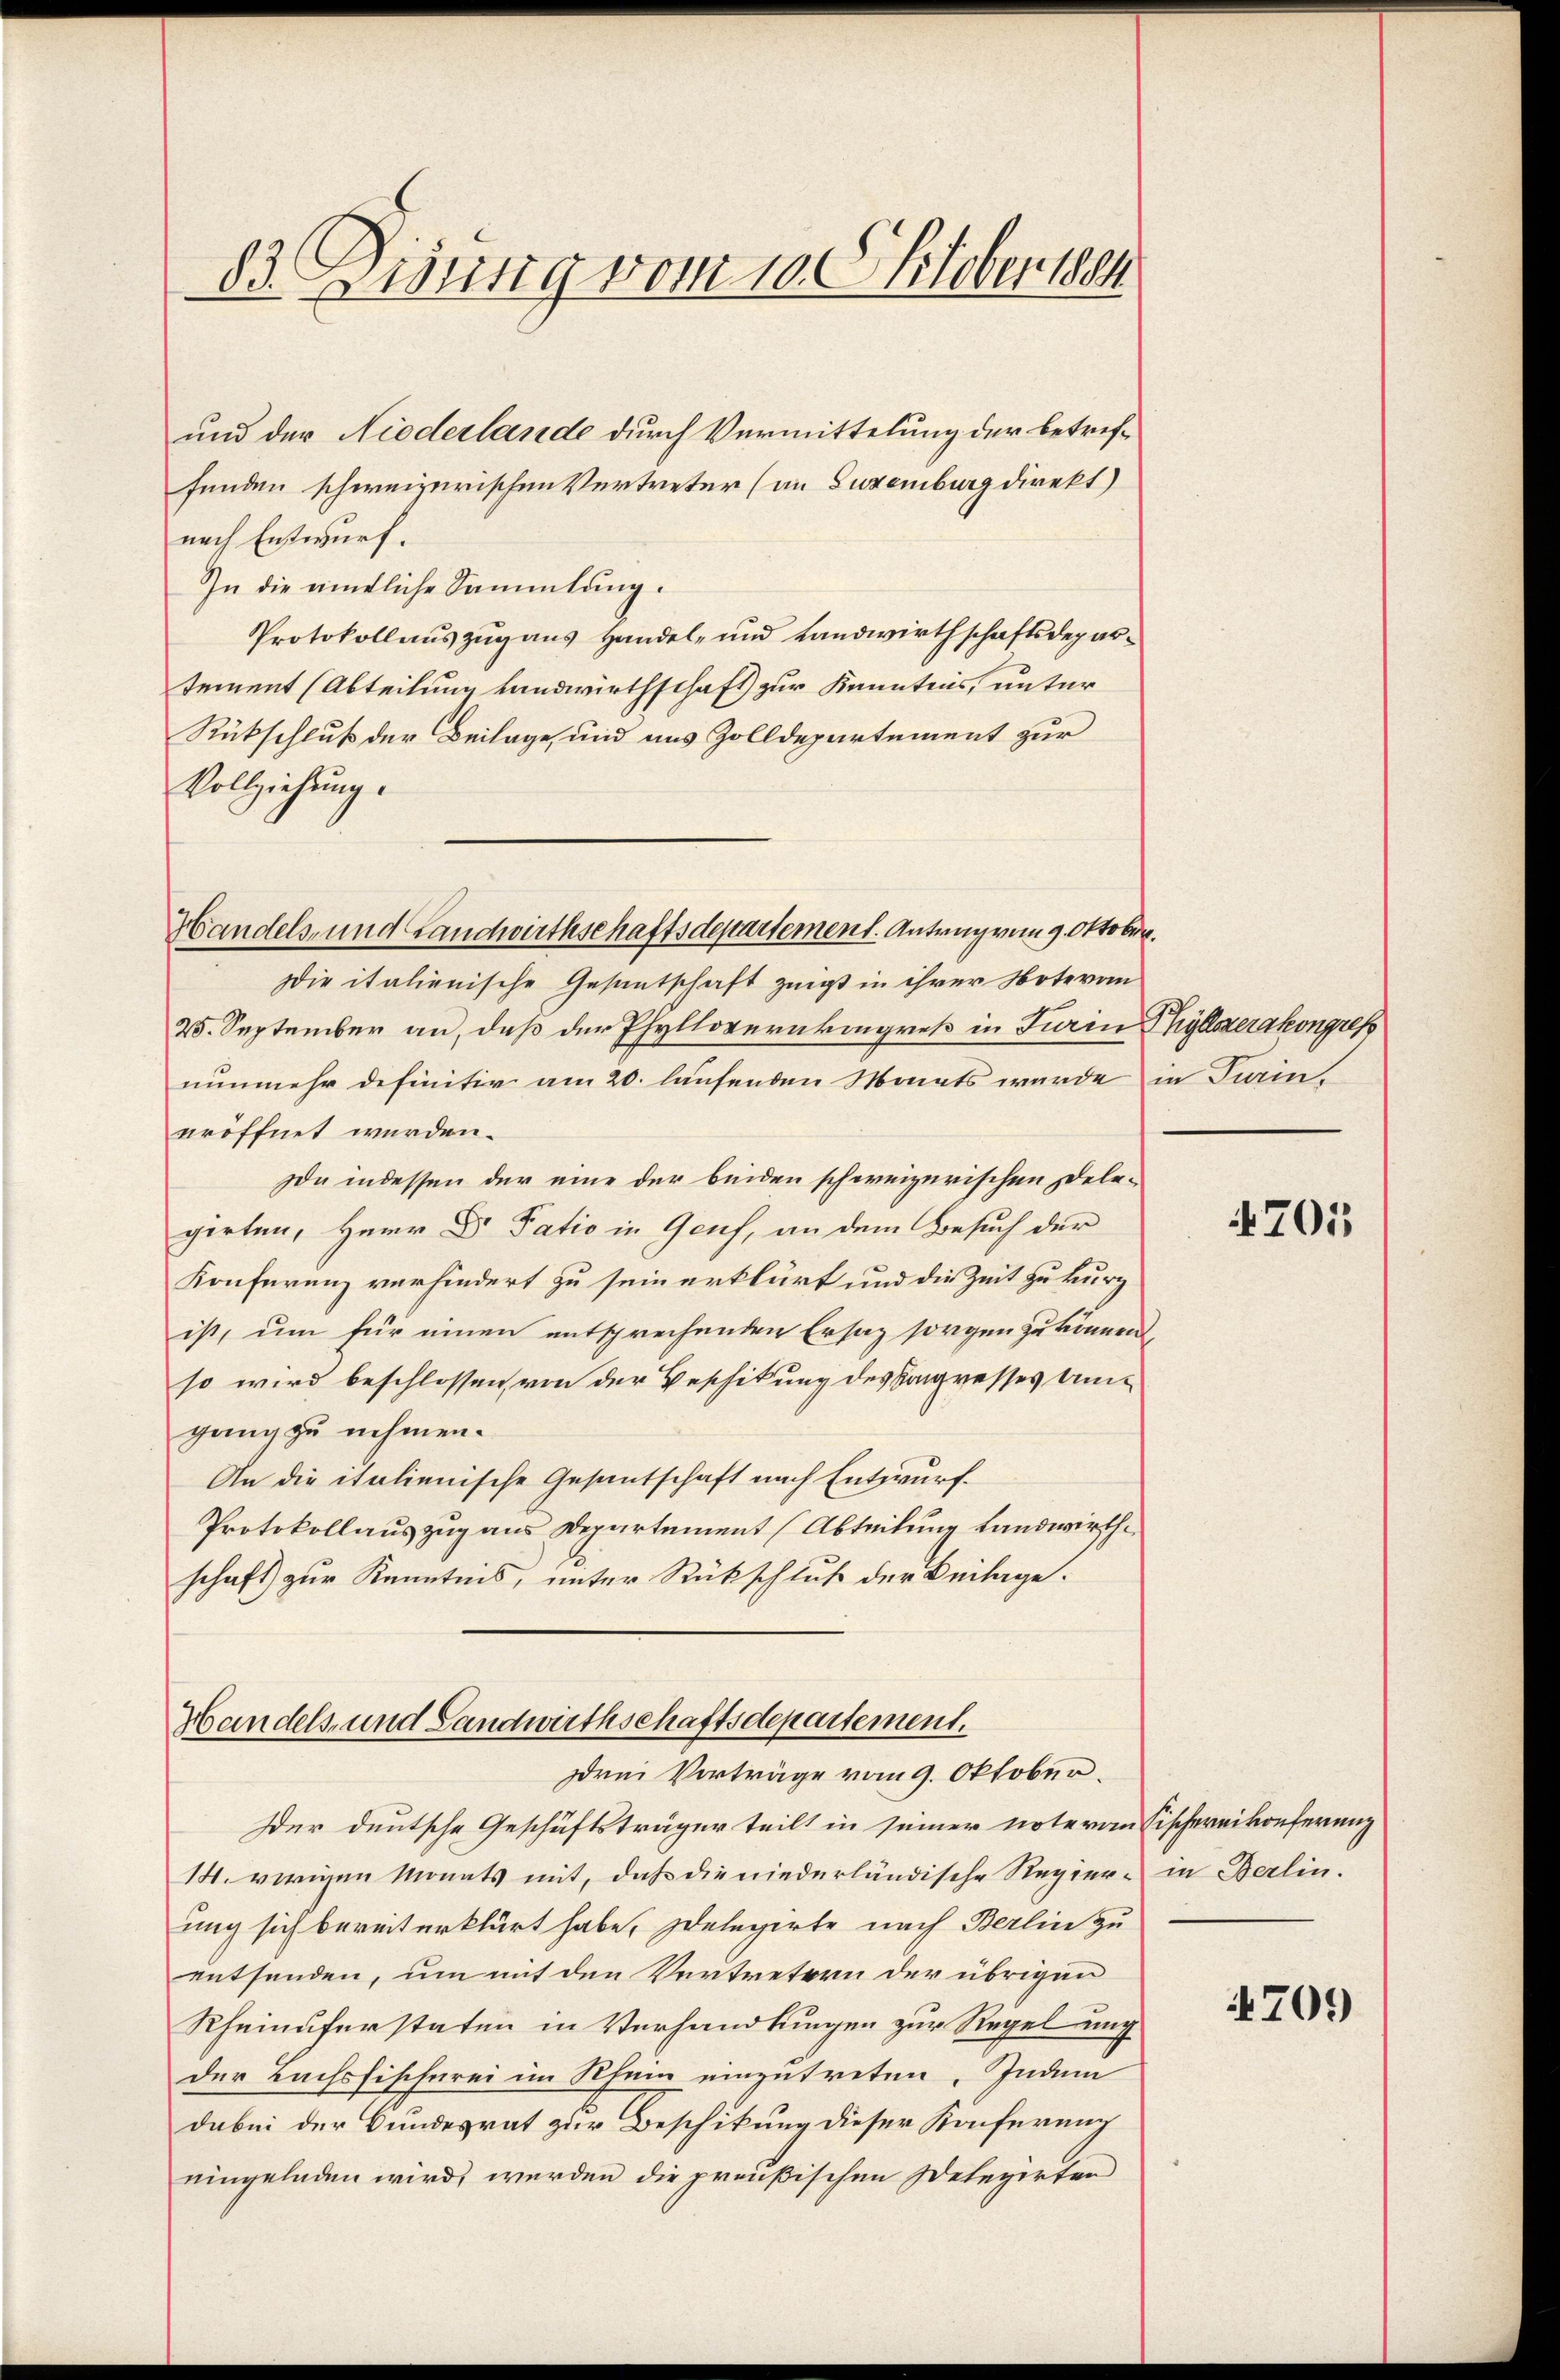
83. ung vom 10. Stobersch

und der Niederlande durch Vermittelung der betreffunden schweizerischen Vertreter (an Luxenburg direkt)
nach Entwurf.
In die amtliche Sammlung.
Protokollauszug aus Handel- und Landwirthschaftsdepartement (Abteilung Landwirthschaft zur Kenntnis, unter
Rückschluß der Beilage, und aus Zolldepartement zur
Vollziehung.
Handels- und Landwirthschaftsdepartement. Antrag vom 9. Oktober.
Die italienische Gesantschaft zeigt in ihrer Notevan
25. September an, daß der Phyllovernkongress in Turin hyllszerakongress
nunmehr definitiv am 20. laufenden Monats wurde
eröffnet werden.
da indessen der eine der beiden schweizerischen Dele-
girten, Herr Dr Patio in Genf, an dem Besuch der
Konferenz verhindert zu sein erklärt und die Zeit zu kurz
ist, um für einen entsprechenden Ersatz sorgen zu können
so wird beschlossen, von der Beschikung des Sangresses Um-
gang zu nehmen.
An die italienische Gesantschaft nach Entwurf.
Protokollauszug aus Departement (Abteilung Landwirthe
schaft zur Kenntnis, unter Rückschluß der Beilage.

Handels- und Landwirthschaftsdepartement.
drei Vorträge vom 9. Oktober.

Der deutsche Geschäftsträger teilt in seiner note von Fischereikonferenz
14. vorigen Monats mit, daß die niederländische Regier- in Berlin.
uung sich bereit erklärt habe, Delegirte nach Berlin zu
entsenden, um mit den Vertretern der übrigen
Rheinuferstaten in Verhandlungen zur Regelung
der Bachsfischerei im Rhein einzutreten. Indem
dabei der Bundesrat zur Beschikung dieser Konferung
eingeladen wird, werden die preußischen Delegirten

in Turin,

4701

709